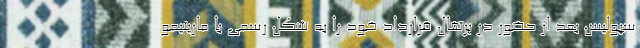
سپولیس بعد از حضور در پرتغال قرارداد خود را به شکل رسمی با ماریتیمو